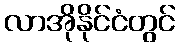
လာအိုနိုင်ငံတွင်